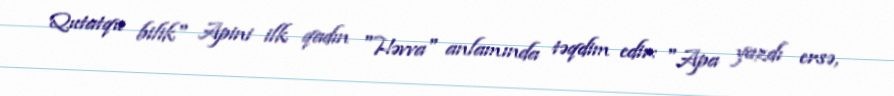
Qutatqu bilik" Apini ilk qadın "Həvva" anlamında təqdim edir: "Apa yazdı ersə,